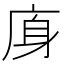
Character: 𢈯